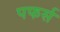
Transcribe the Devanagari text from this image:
पफर्स